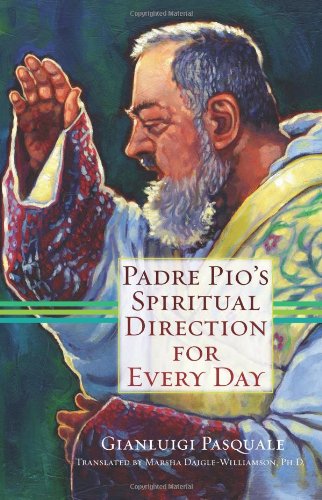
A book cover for Padre Pio's Spiritual Direction for Every Day; Gianluigi Pasquale; Christian Books & Bibles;